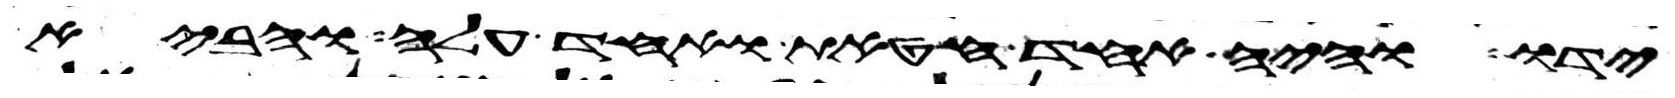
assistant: ידו והיה אחד חטאת ואחד עלה והביא